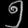
Digit: ၅